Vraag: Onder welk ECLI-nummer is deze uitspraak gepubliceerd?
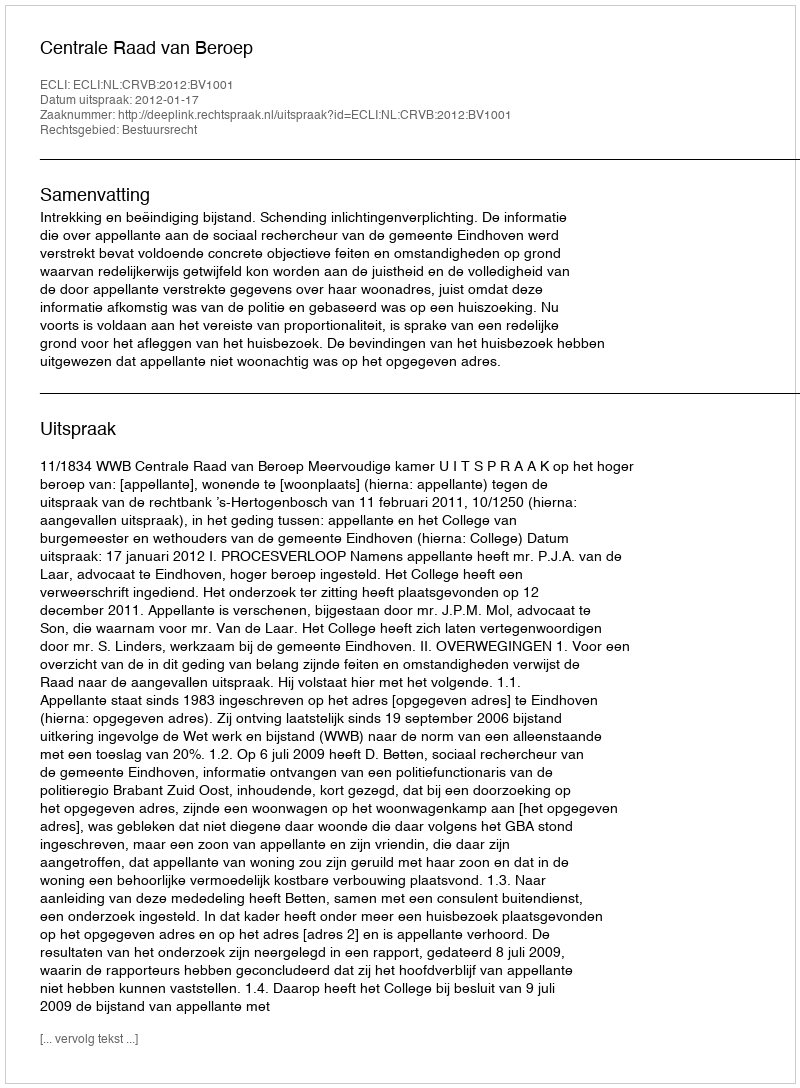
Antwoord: ECLI:NL:CRVB:2012:BV1001